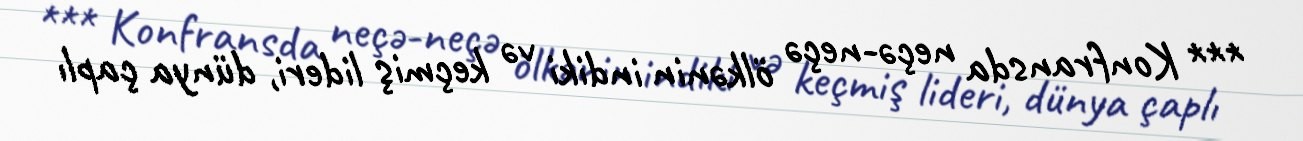
*** Konfransda neçə-neçə ölkənin indiki və keçmiş lideri, dünya çaplı